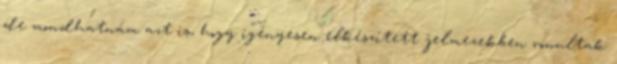
de mondhatnám azt is, hogy igényesen elkészített jelmezekben vonultak